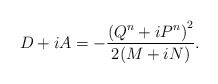
\begin{align*}D+iA=-\frac{\left(Q^n+iP^n\right)^2}{2(M+iN)}.\end{align*}